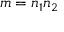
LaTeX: m = n _ { 1 } n _ { 2 }